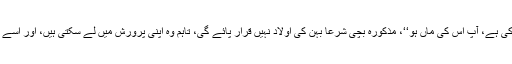
پس صورتِ مسئولہ میں اپنی بچی بہن کو دیتے ہوئے یہ کہنے سے کہ ’’یہ بچی اب آپ کی ہے، آپ اس کی ماں ہو‘‘، مذکورہ بچی شرعاً بہن کی اولاد نہیں قرار پائے گی، تاہم وہ اپنی پرورش میں لے سکتی ہیں، اور اسے اپنے پاس رکھ کر اس کی دیکھ بھال ، کھانے پینے کا خیال، و ذمہ داری اٹھا سکتی ہیں۔